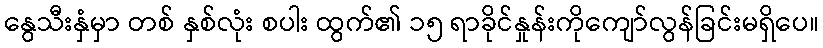
နွေသီးနှံမှာ တစ် နှစ်လုံး စပါး ထွက်၏ ၁၅ ရာခိုင်နှုန်းကိုကျော်လွန်ခြင်းမရှိပေ။